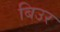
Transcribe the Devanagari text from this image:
बिउर